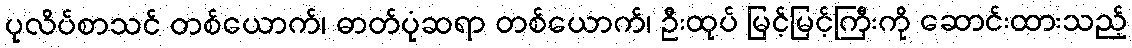
ပုလိပ်စာသင် တစ်ယောက်၊ ဓာတ်ပုံဆရာ တစ်ယောက်၊ ဦးထုပ် မြင့်မြင့်ကြီးကို ဆောင်းထားသည့်